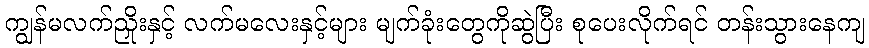
ကျွန်မလက်ညှိုးနှင့် လက်မလေးနှင့်များ မျက်ခုံးတွေကိုဆွဲပြီး စုပေးလိုက်ရင် တန်းသွားနေကျ